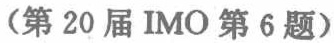
（第 20 届 IMO 第 6 题）